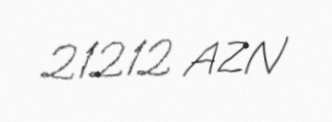
21212 AZN